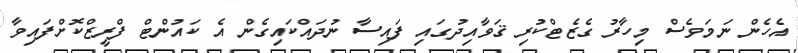
އެހެން ނަމަވެސް މިހާރު ގެޒެޓްކުރި ޤަވާއިދުގައި ފައިސާ ނުދައްކައިގެން އެ ކައުންޓް ފްރީޒްކޮށްފައިވާ